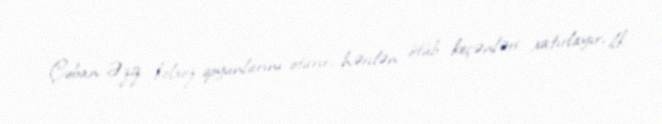
Çoban Əziz kolxoz qoyunlarını otarır, hərdən ötüb keçənləri xatırlayır, ilk